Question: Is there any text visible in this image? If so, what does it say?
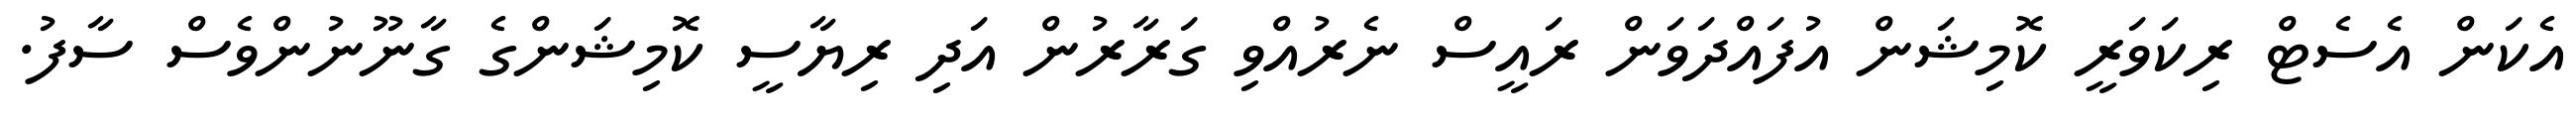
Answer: އެކަން އެސެޓް ރިކަވަރީ ކޮމިޝަން އުފައްދަވަން ރައީސް ނެރުއްވި ގަރާރުން އަދި ރިޔާސީ ކޮމިޝަންގެ ގާނޫނުންވެސް ސާފު.